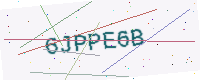
Text: 6JPPE6B